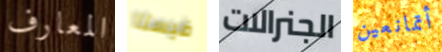
المعارف فيستا الجنرالات أتمانعين